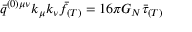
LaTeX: \bar { q } ^ { ( 0 ) \mu \nu } k _ { \mu } k _ { \nu } \bar { f } _ { ( T ) } = 1 6 \pi G _ { N } \bar { \tau } _ { ( T ) }